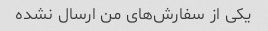
یکی از سفارش‌های من ارسال نشده